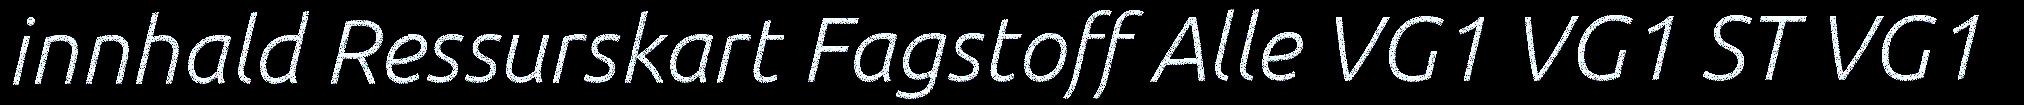
innhald Ressurskart Fagstoff Alle VG1 VG1 ST VG1